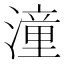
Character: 潼